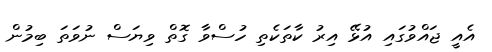
އެއީ ޖައްވުގައި އުޅޭ އިރު ކާތަކެތި ހުސްވާ ގޮތް ވިޔަސް ނުވަތަ ބިމުން